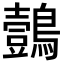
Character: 鷧